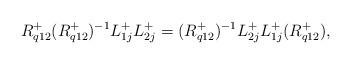
LaTeX: \begin{align*}{R}^+_{q12}({R}^+_{q12})^{-1}L^+_{1j} L_{2j}^+= ({R}^+_{q12})^{-1}L_{2j}^+L_{1j}^+({R}^+_{q12}),\end{align*}